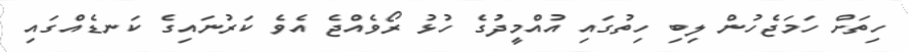
ހިތަށް ހަމަޖެހުން ލިބި ހިތުގައި އުއްމީދުގެ ހުޅު ރޯވެއްޖެ އެވެ ކަރުނައިގެ ކަނޑެއްގައި